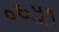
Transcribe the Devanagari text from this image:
०६५१